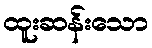
ထူးဆန်းသော